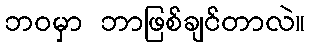
ဘဝမှာ ဘာဖြစ်ချင်တာလဲ။